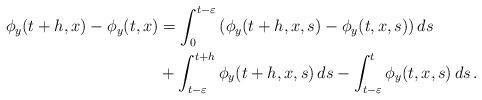
LaTeX: \begin{align*}\phi_y(t+h,x)-\phi_y(t,x)&=\int_0^{t-\varepsilon}\left( \phi_y(t+h,x,s)- \phi_y(t,x,s)\right)ds\\&+ \int_{t-\varepsilon}^{t+h} \phi_y(t+h,x,s)\,ds- \int_{t-\varepsilon}^t\phi_y(t,x,s)\,ds\,.\end{align*}